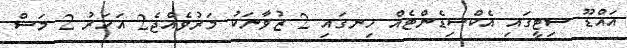
އައްޑޫ ސިޓީގައި އެކްސިޑެންޓެއް ހިނގައި 2 ޒުވާނަކު މަރުވެއްޖެ2 އަހަރު 2 މަސް